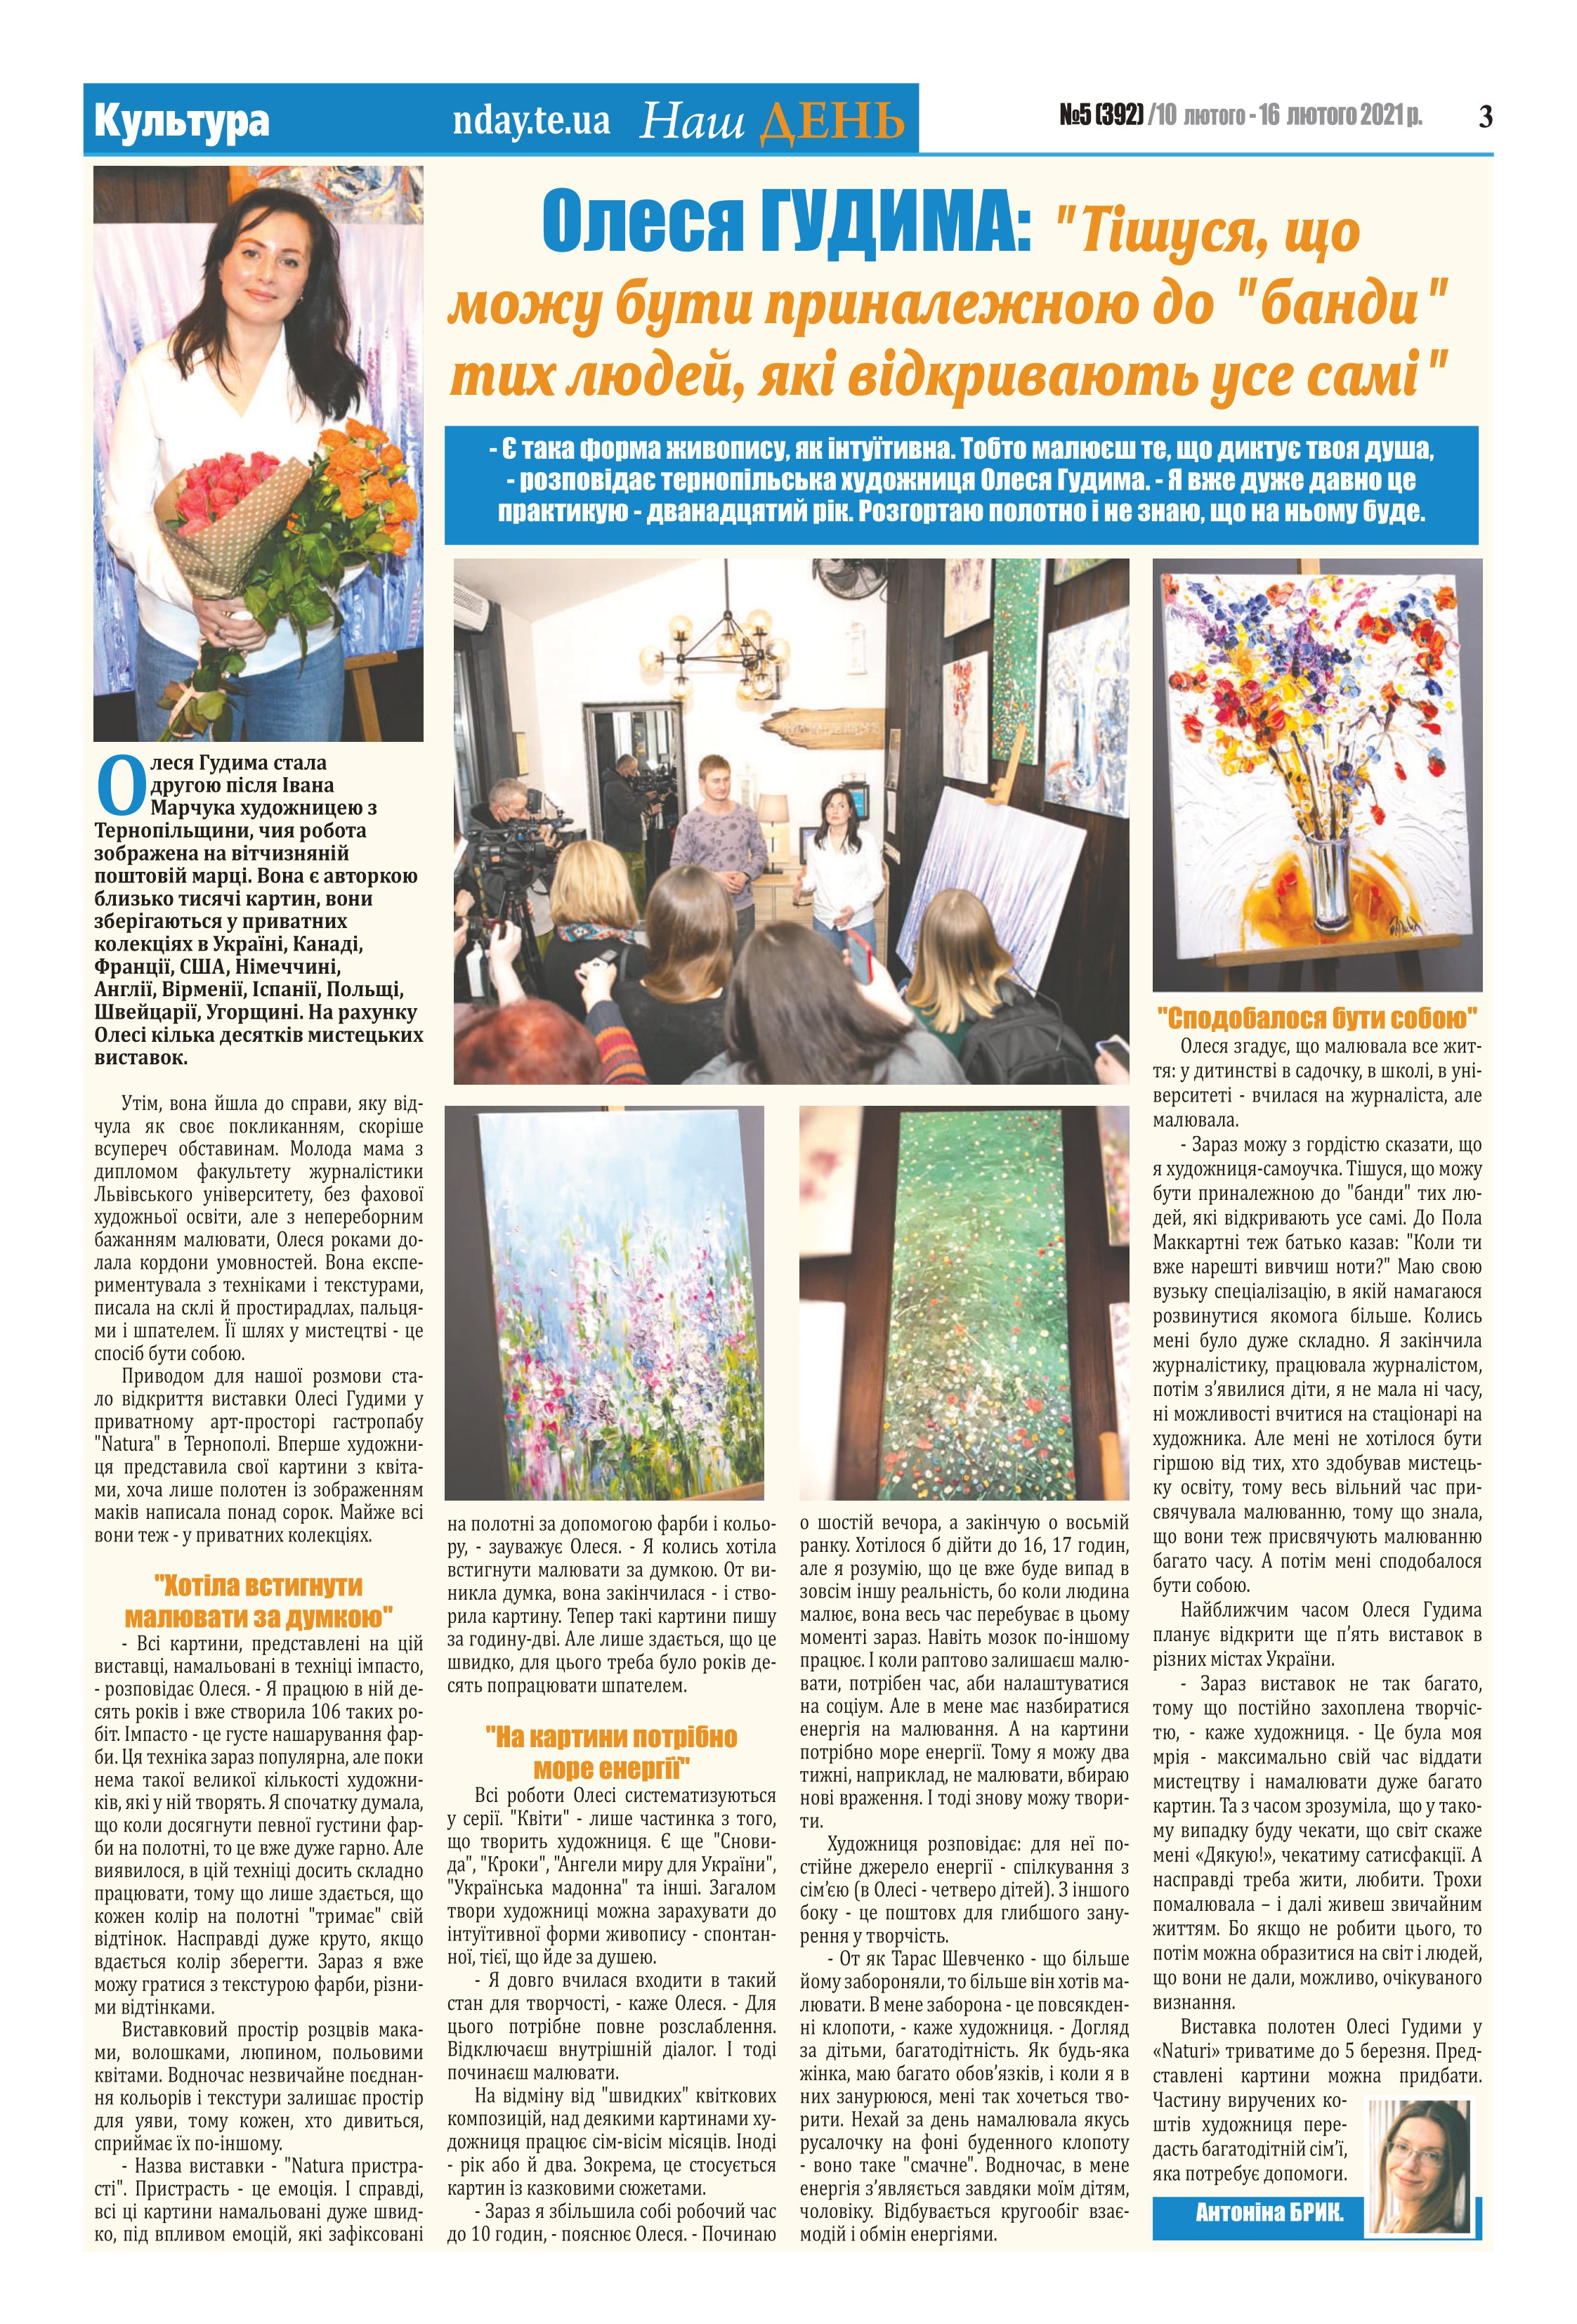
Language: uk